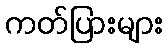
ကတ်ပြားများ